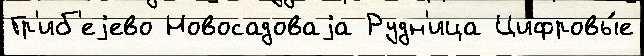
Гр'иб'еjево Новосадоваjа Рудн'ица Цифровы́е